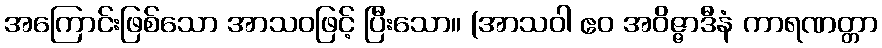
အကြောင်းဖြစ်သော အာသဝဖြင့် ပြီးသော။ (အာသဝါ ဧဝ အဝိဇ္ဇာဒီနံ ကာရဏတ္တာ